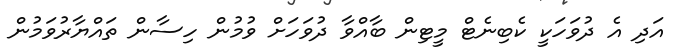
އަދި އެ ދުވަހަކީ ކެބިނެޓް މީޓިން ބާއްވާ ދުވަހަށް ވުމުން ހިސާން ތައްޔާރުވަމުން